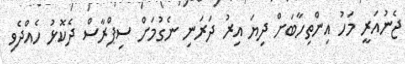
ޖެނުއަރީ މަހު އިންތިހާބަށް ދިޔަ އިރު ދަރަނި ނެގުމަށް ސިޕްރާސް ދެކޮޅު ހެއްދެވި